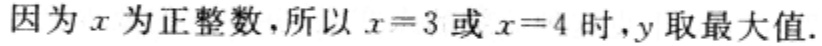
因为 \(x\) 为正整数，所以 \(x = 3\) 或 \(x = 4\) 时，\(y\) 取最大值.